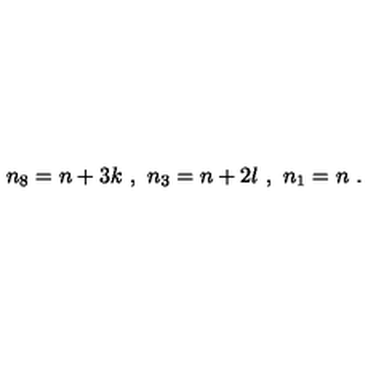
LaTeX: n _ { 8 } = n + 3 k \ , \ n _ { 3 } = n + 2 l \ , \ n _ { 1 } = n \ .